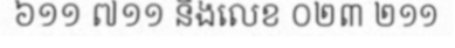
៦១១ ៧១១ និងលេខ ០២៣ ២១១